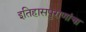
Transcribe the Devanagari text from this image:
इतिहासपुराणांचा